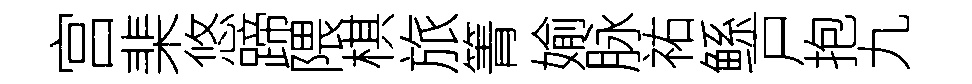
宫棐悠蹄隈棋旅箐媮脉祐鲧戸抱九